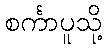
စင်္ကာပူသို့